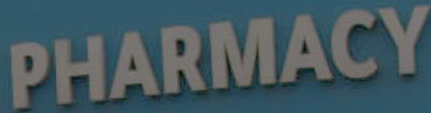
PHARMACY